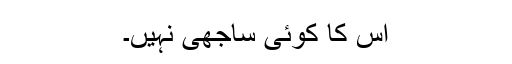
اس کا کوئی ساجھی نہیں۔